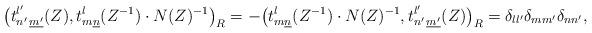
LaTeX: \begin{align*} \bigl( t^{l'}_{n'\,\underline{m'}}(Z), t^l_{m\underline{n}}(Z^{-1}) \cdot N(Z)^{-1} \bigr)_R= -\bigl(t^l_{m\underline{n}}(Z^{-1}) \cdot N(Z)^{-1},t^{l'}_{n'\,\underline{m'}}(Z)\bigr)_R= \delta_{ll'} \delta_{mm'} \delta_{nn'},\end{align*}